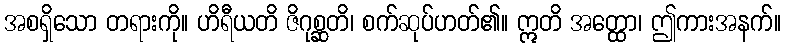
အစရှိသော တရားကို။ ဟိရီယတိ ဇိဂုစ္ဆတိ၊ စက်ဆုပ်ဟတ်၏။ ဣတိ အတ္ထော၊ ဤကားအနက်။